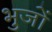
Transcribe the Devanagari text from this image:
भुजों